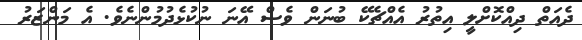
ދެއަތް ދިއްކޮށްލީ އިތުރު އެއްޗެކޭ ބުނަން ވެސް އޭނަ ނުކުޅެދުމުންނެވެ. އެ މަންޒަރު